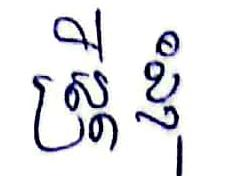
ស្ដ្រី ខ្ញុំ